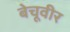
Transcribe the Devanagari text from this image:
बेचूवीर